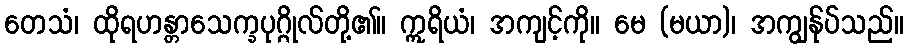
တေသံ၊ ထိုရဟန္တာသေက္ခပုဂ္ဂိုလ်တို့၏။ ဣရိယံ၊ အကျင့်ကို။ မေ (မယာ)၊ အကျွန်ုပ်သည်။